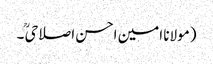
(مولانا امین احسن اصلاحیؒ ۔